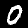
Digit: 0